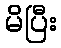
မိပြီး